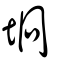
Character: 坰